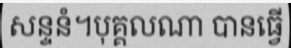
សន្ទនំ។បុគ្គលណា បានធ្វើ